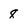
Character: 8